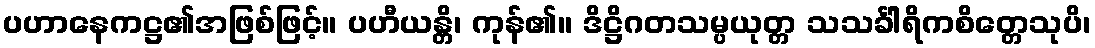
ပဟာနေကဋ္ဌ၏အဖြစ်ဖြင့်။ ပဟီယန္တိ၊ ကုန်၏။ ဒိဋ္ဌိဂတသမ္ပယုတ္တ သသင်္ခါရိကစိတ္တေသုပိ၊